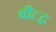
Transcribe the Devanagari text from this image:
बौत्द्ध